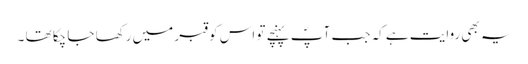
یہ بھی روایت ہے کہ جب آپؐ پہنچے تو اس کو قبر میں رکھا جا چکا تھا ۔